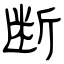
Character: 断